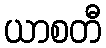
ယာစတီ